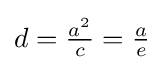
{\textstyle d={\frac {a^{2}}{c}}={\frac {a}{e}}}